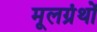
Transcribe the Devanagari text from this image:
मूलग्रंथों